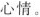
心情。